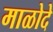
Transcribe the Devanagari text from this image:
माळोदे